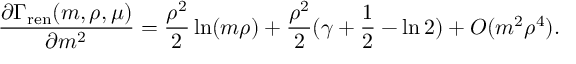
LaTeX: { \frac { \partial \Gamma _ { \mathrm { r e n } } ( m , \rho , \mu ) } { \partial m ^ { 2 } } } = { \frac { \rho ^ { 2 } } { 2 } } \ln ( m \rho ) + { \frac { \rho ^ { 2 } } { 2 } } ( \gamma + { \frac { 1 } { 2 } } - \ln 2 ) + { \cal O } ( m ^ { 2 } \rho ^ { 4 } ) .